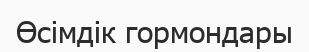
Өсімдік гормондары